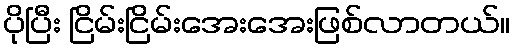
ပိုပြီး ငြိမ်းငြိမ်းအေးအေးဖြစ်လာတယ်။